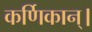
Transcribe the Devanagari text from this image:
कर्णिकान्‌।